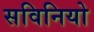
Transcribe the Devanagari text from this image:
सविनियो